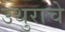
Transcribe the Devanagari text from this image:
उथुराचे